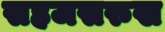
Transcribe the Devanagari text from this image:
सहजसरुख